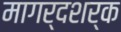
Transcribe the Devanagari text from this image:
मागर्दशर्क